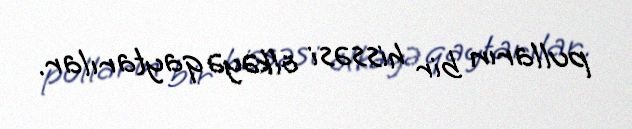
pulların bir hissəsi ölkəyə qaytarılar.